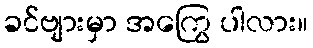
ခင်ဗျားမှာ အကြွေ ပါလား။